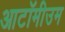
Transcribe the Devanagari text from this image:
आटॉमीउम